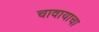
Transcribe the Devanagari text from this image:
चावायाचा